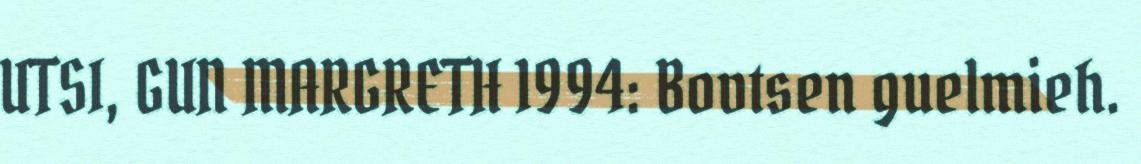
UTSI, GUN MARGRETH 1994: Bovtsen guelmieh.